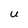
Character: U